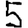
Digit: 5